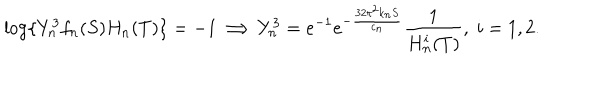
\log \{ Y _ { n } ^ { 3 } f _ { n } ( S ) H _ { n } ( T ) \} = - 1 \Longrightarrow Y _ { n } ^ { 3 } = e ^ { - 1 } e ^ { - \frac { 3 2 \pi ^ { 2 } k _ { n } S } { c _ { n } } } \frac { 1 } { H _ { n } ^ { i } ( T ) } , \; i = 1 , 2 .